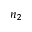
n _ { 2 }